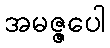
အမဇ္ဇပေါ